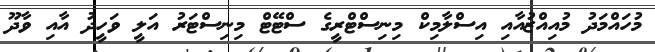
މުހައްމަދު މުއިއްޒުއާއި އިސްލާމިކް މިނިސްޓްރީގެ ސްޓޭޓް މިނިސްޓަރު އަލީ ވަހީދު އާއި ވާދޫ